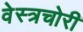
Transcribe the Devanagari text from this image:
वेस्त्रचोरी